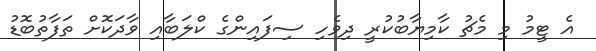
އެ ޓީމު މި މެޗު ކާމިޔާބުކުރީ ދިވެހި ސިފައިންގެ ކްލަބާއި ވާދަކޮށް ތަފާތުބޮޑު